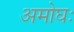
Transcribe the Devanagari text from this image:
अमोघः